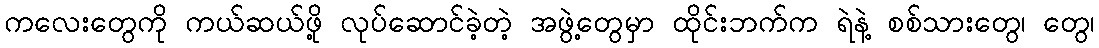
ကလေးတွေကို ကယ်ဆယ်ဖို့ လုပ်ဆောင်ခဲ့တဲ့ အဖွဲ့တွေမှာ ထိုင်းဘက်က ရဲနဲ့ စစ်သားတွေ၊ တွေ၊